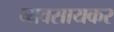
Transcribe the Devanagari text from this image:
व्यवसायकर